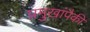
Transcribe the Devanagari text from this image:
प्रमुखांपैकी